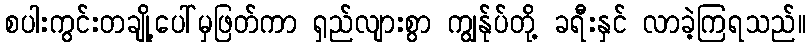
စပါးကွင်းတချို့ပေါ်မှဖြတ်ကာ ရှည်လျားစွာ ကျွန်ုပ်တို့ ခရီးနှင် လာခဲ့ကြရသည်။